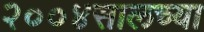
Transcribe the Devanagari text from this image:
२००४सालच्या